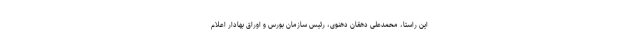
این راستا، محمدعلی دهقان دهنوی، رئیس سازمان بورس و اوراق بهادار اعلام